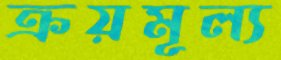
ক্রয়মূল্য